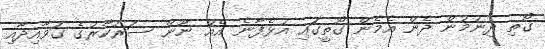
ގޯތި ދިނުމުން ދެން އެމެން ގޯތީގައި އުޅެފާނެ އެއް ނޫން ސަރުކާރުގެ ގަވާއިދާއި